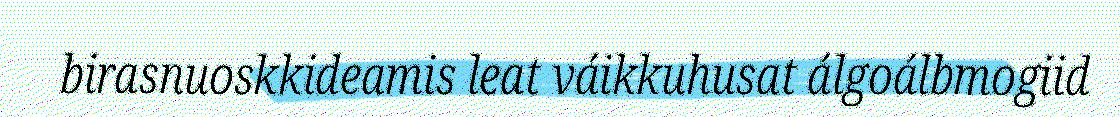
birasnuoskkideamis leat váikkuhusat álgoálbmogiid